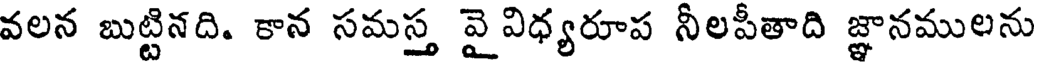
వలన బుట్టినది. కాన సమస్త వై విధ్యరూప నీలపీతాది జ్ఞానములను